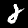
Label: 2